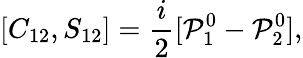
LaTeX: [C_{12},S_{12}]=\frac{i}{2}[{\cal P}_{1}^{0}-{\cal P}_{2}^{0}],